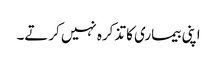
اپنی بیماری کا تذکرہ نہیں کرتے۔